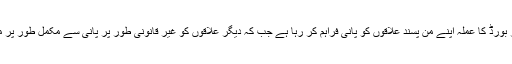
ضلع غربی میں واٹر بورڈ کا عملہ اپنے من پسند علاقوں کو پانی فراہم کر رہا ہے جب کہ دیگر علاقوں کو غیر قانونی طور پر پانی سے مکمل طور پر محروم رکھا گیا ہے۔